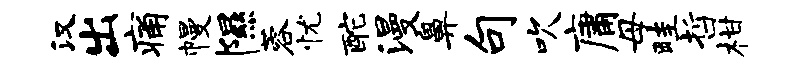
汉出痛幔隰蓉忧酡漫鼻句吹庸母畦哲柑